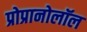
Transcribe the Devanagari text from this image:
प्रोप्रानोलॉल